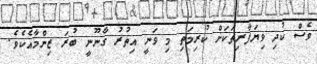
ވެސް ކުދި ވިޔަފާރިތަކަށް ކުރިމަތި މި ވަނީ އިތުރު ގާނޫނީ ބުރަ ޒިންމާއެކެވެ.